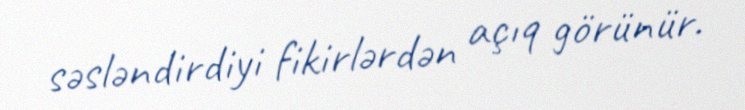
səsləndirdiyi fikirlərdən açıq görünür.